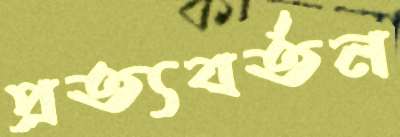
প্রত্যবর্তন